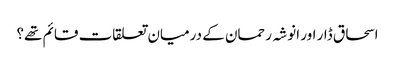
اسحاق ڈار اور انوشہ رحمان کے درمیان تعلقات قائم تھے؟